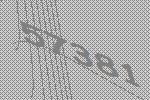
57381